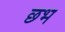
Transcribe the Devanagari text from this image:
छभ